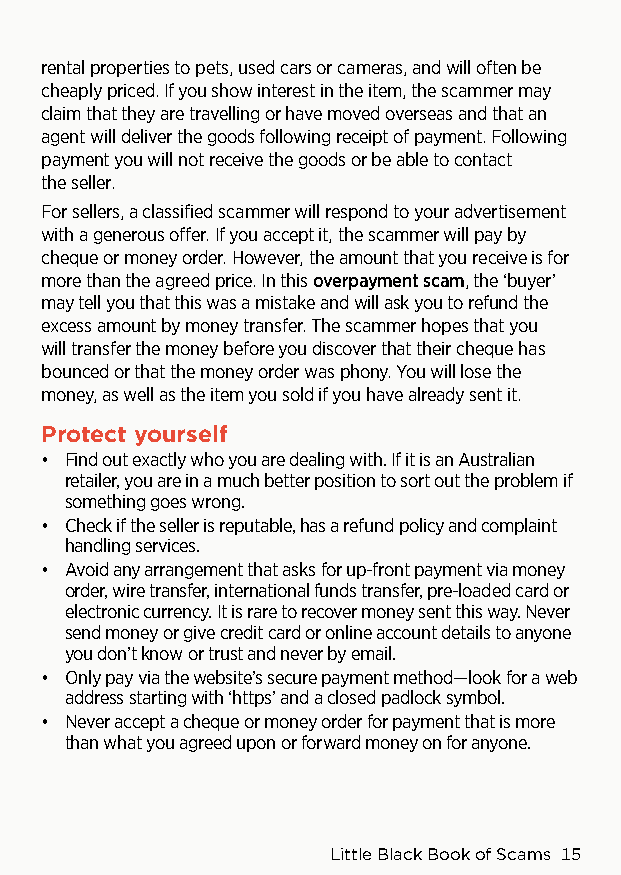
rental properties to pets, used cars or cameras, and will often be
 cheaply priced. If you show interest in the item, the scammer may
 claim that they are travelling or have moved overseas and that an
 agent will deliver the goods following receipt of payment. Following
 payment you will not receive the goods or be able to contact
 the seller.
 For sellers, a classified scammer will respond to your advertisement
 with a generous offer. If you accept it, the scammer will pay by
 cheque or money order. However, the amount that you receive is for
 more than the agreed price. In this overpayment scam, the ‘buyer’
 may tell you that this was a mistake and will ask you to refund the
 excess amount by money transfer. The scammer hopes that you
 will transfer the money before you discover that their cheque has
 bounced or that the money order was phony. You will lose the
 money, as well as the item you sold if you have already sent it.
 Protect yourself
 • Find out exactly who you are dealing with. If it is an Australian
 retailer, you are in a much better position to sort out the problem if
 something goes wrong.
 • Check if the seller is reputable, has a refund policy and complaint
 handling services.
 • Avoid any arrangement that asks for up-front payment via money
 order, wire transfer, international funds transfer, pre-loaded card or
 electronic currency. It is rare to recover money sent this way. Never
 send money or give credit card or online account details to anyone
 you don’t know or trust and never by email.
 • Only pay via the website’s secure payment method—look for a web
 address starting with ‘https’ and a closed padlock symbol.
 • Never accept a cheque or money order for payment that is more
 than what you agreed upon or forward money on for anyone.
 Little Black Book of Scams 15